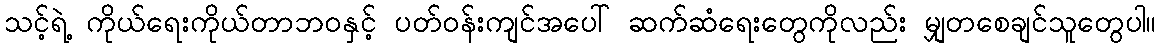
သင့်ရဲ့ ကိုယ်ရေးကိုယ်တာဘဝနှင့် ပတ်ဝန်းကျင်အပေါ် ဆက်ဆံရေးတွေကိုလည်း မျှတစေချင်သူတွေပါ။